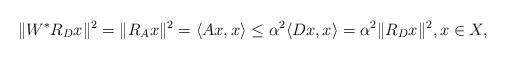
LaTeX: \begin{align*}\|W^{\ast}R_{D}x\|^{2} = \|R_{A}x\|^{2} = \langle Ax,x\rangle\leq\alpha^{2} \langle Dx,x\rangle = \alpha^{2} \|R_{D}x\|^{2},x\in X,\end{align*}